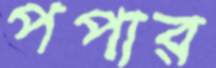
পপার